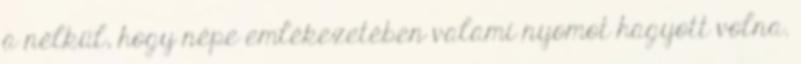
a nélkül, hogy népe emlékezetében valami nyomot hagyott volna.